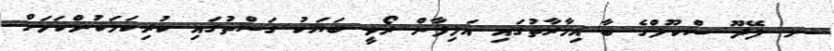
ށ. ފޭދޫ ސްކޫލްގެ ބާ އިމާރާތުގައި އަލިފާން ރޯވީ ބަޔަކު ގަސްތުގައި ކުރިކަމަކުންކަމަށް